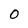
Character: 0